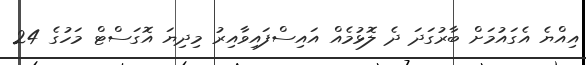
އިއްޔެ އެގައުމަށް ބާރުގަދަ ދެ ލޮޅުމެއް އައިސްފައިވާއިރު މިދިޔަ އޮގަސްޓް މަހުގެ 24